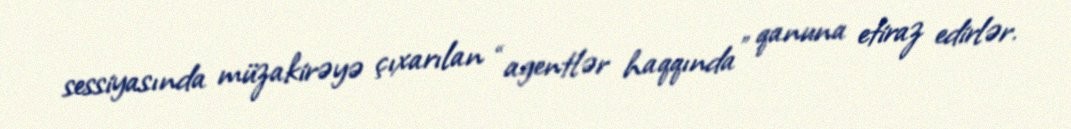
sessiyasında müzakirəyə çıxarılan “agentlər haqqında” qanuna etiraz edirlər.